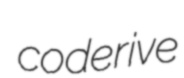
coderive